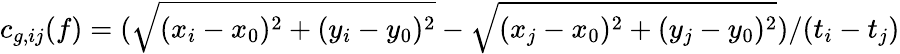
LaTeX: c_{g,ij}(f)=(\sqrt{(x_{i}-x_{0})^{2}+(y_{i}-y_{0})^{2}}-\sqrt{(x_{j}-x_{0})^{2}+(y_{j}-y_{0})^{2}})/(t_{i}-t_{j})